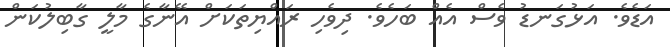
އަޑެވެ. އަޅުގަނޑު ވެސް އެއް ބަހެވެ. ދިވެހި ރައްޔިތަކަށް އޭނާގެ މާލީ ގާބިލުކަން